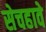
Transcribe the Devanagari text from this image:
सेचहावे